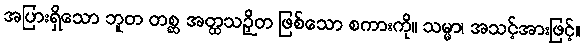
အပြားရှိသော ဘူတ တစ္ဆ အတ္ထသဉှိတ ဖြစ်သော စကားကို။ သမ္မာ၊ အသင့်အားဖြင့်။